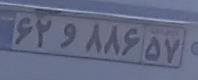
۶۲و۸۸۶۵۷